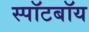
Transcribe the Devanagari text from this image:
स्पॉटबॉय